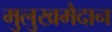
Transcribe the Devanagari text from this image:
मुलुखमैदान